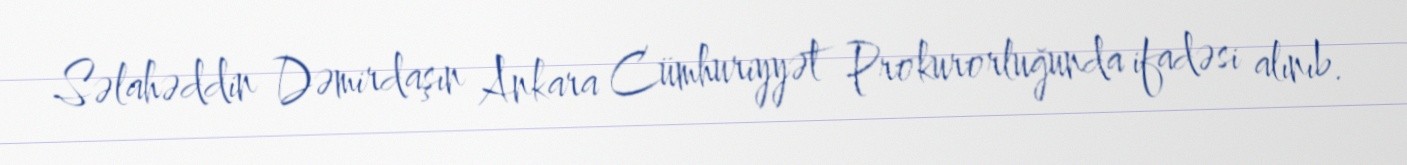
Səlahəddin Dəmirdaşın Ankara Cümhuriyyət Prokurorluğunda ifadəsi alınıb.